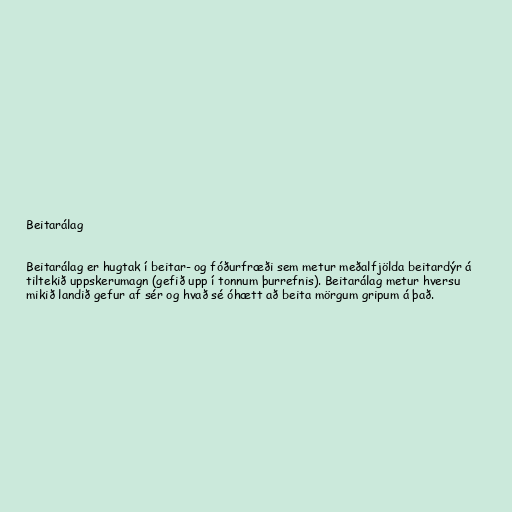
Beitarálag

Beitarálag er hugtak í beitar- og fóðurfræði sem metur meðalfjölda beitardýr á
tiltekið uppskerumagn (gefið upp í tonnum þurrefnis). Beitarálag metur hversu
mikið landið gefur af sér og hvað sé óhætt að beita mörgum gripum á það.